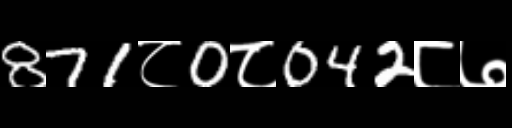
Text: 871८0८042८७